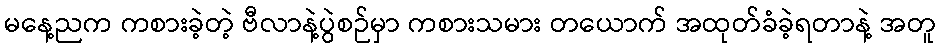
မနေ့ညက ကစားခဲ့တဲ့ ဗီလာနဲ့ပွဲစဉ်မှာ ကစားသမား တယောက် အထုတ်ခံခဲ့ရတာနဲ့ အတူ